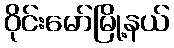
ဝိုင်းမော်မြို့နယ်